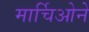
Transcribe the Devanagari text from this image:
मार्चिओने